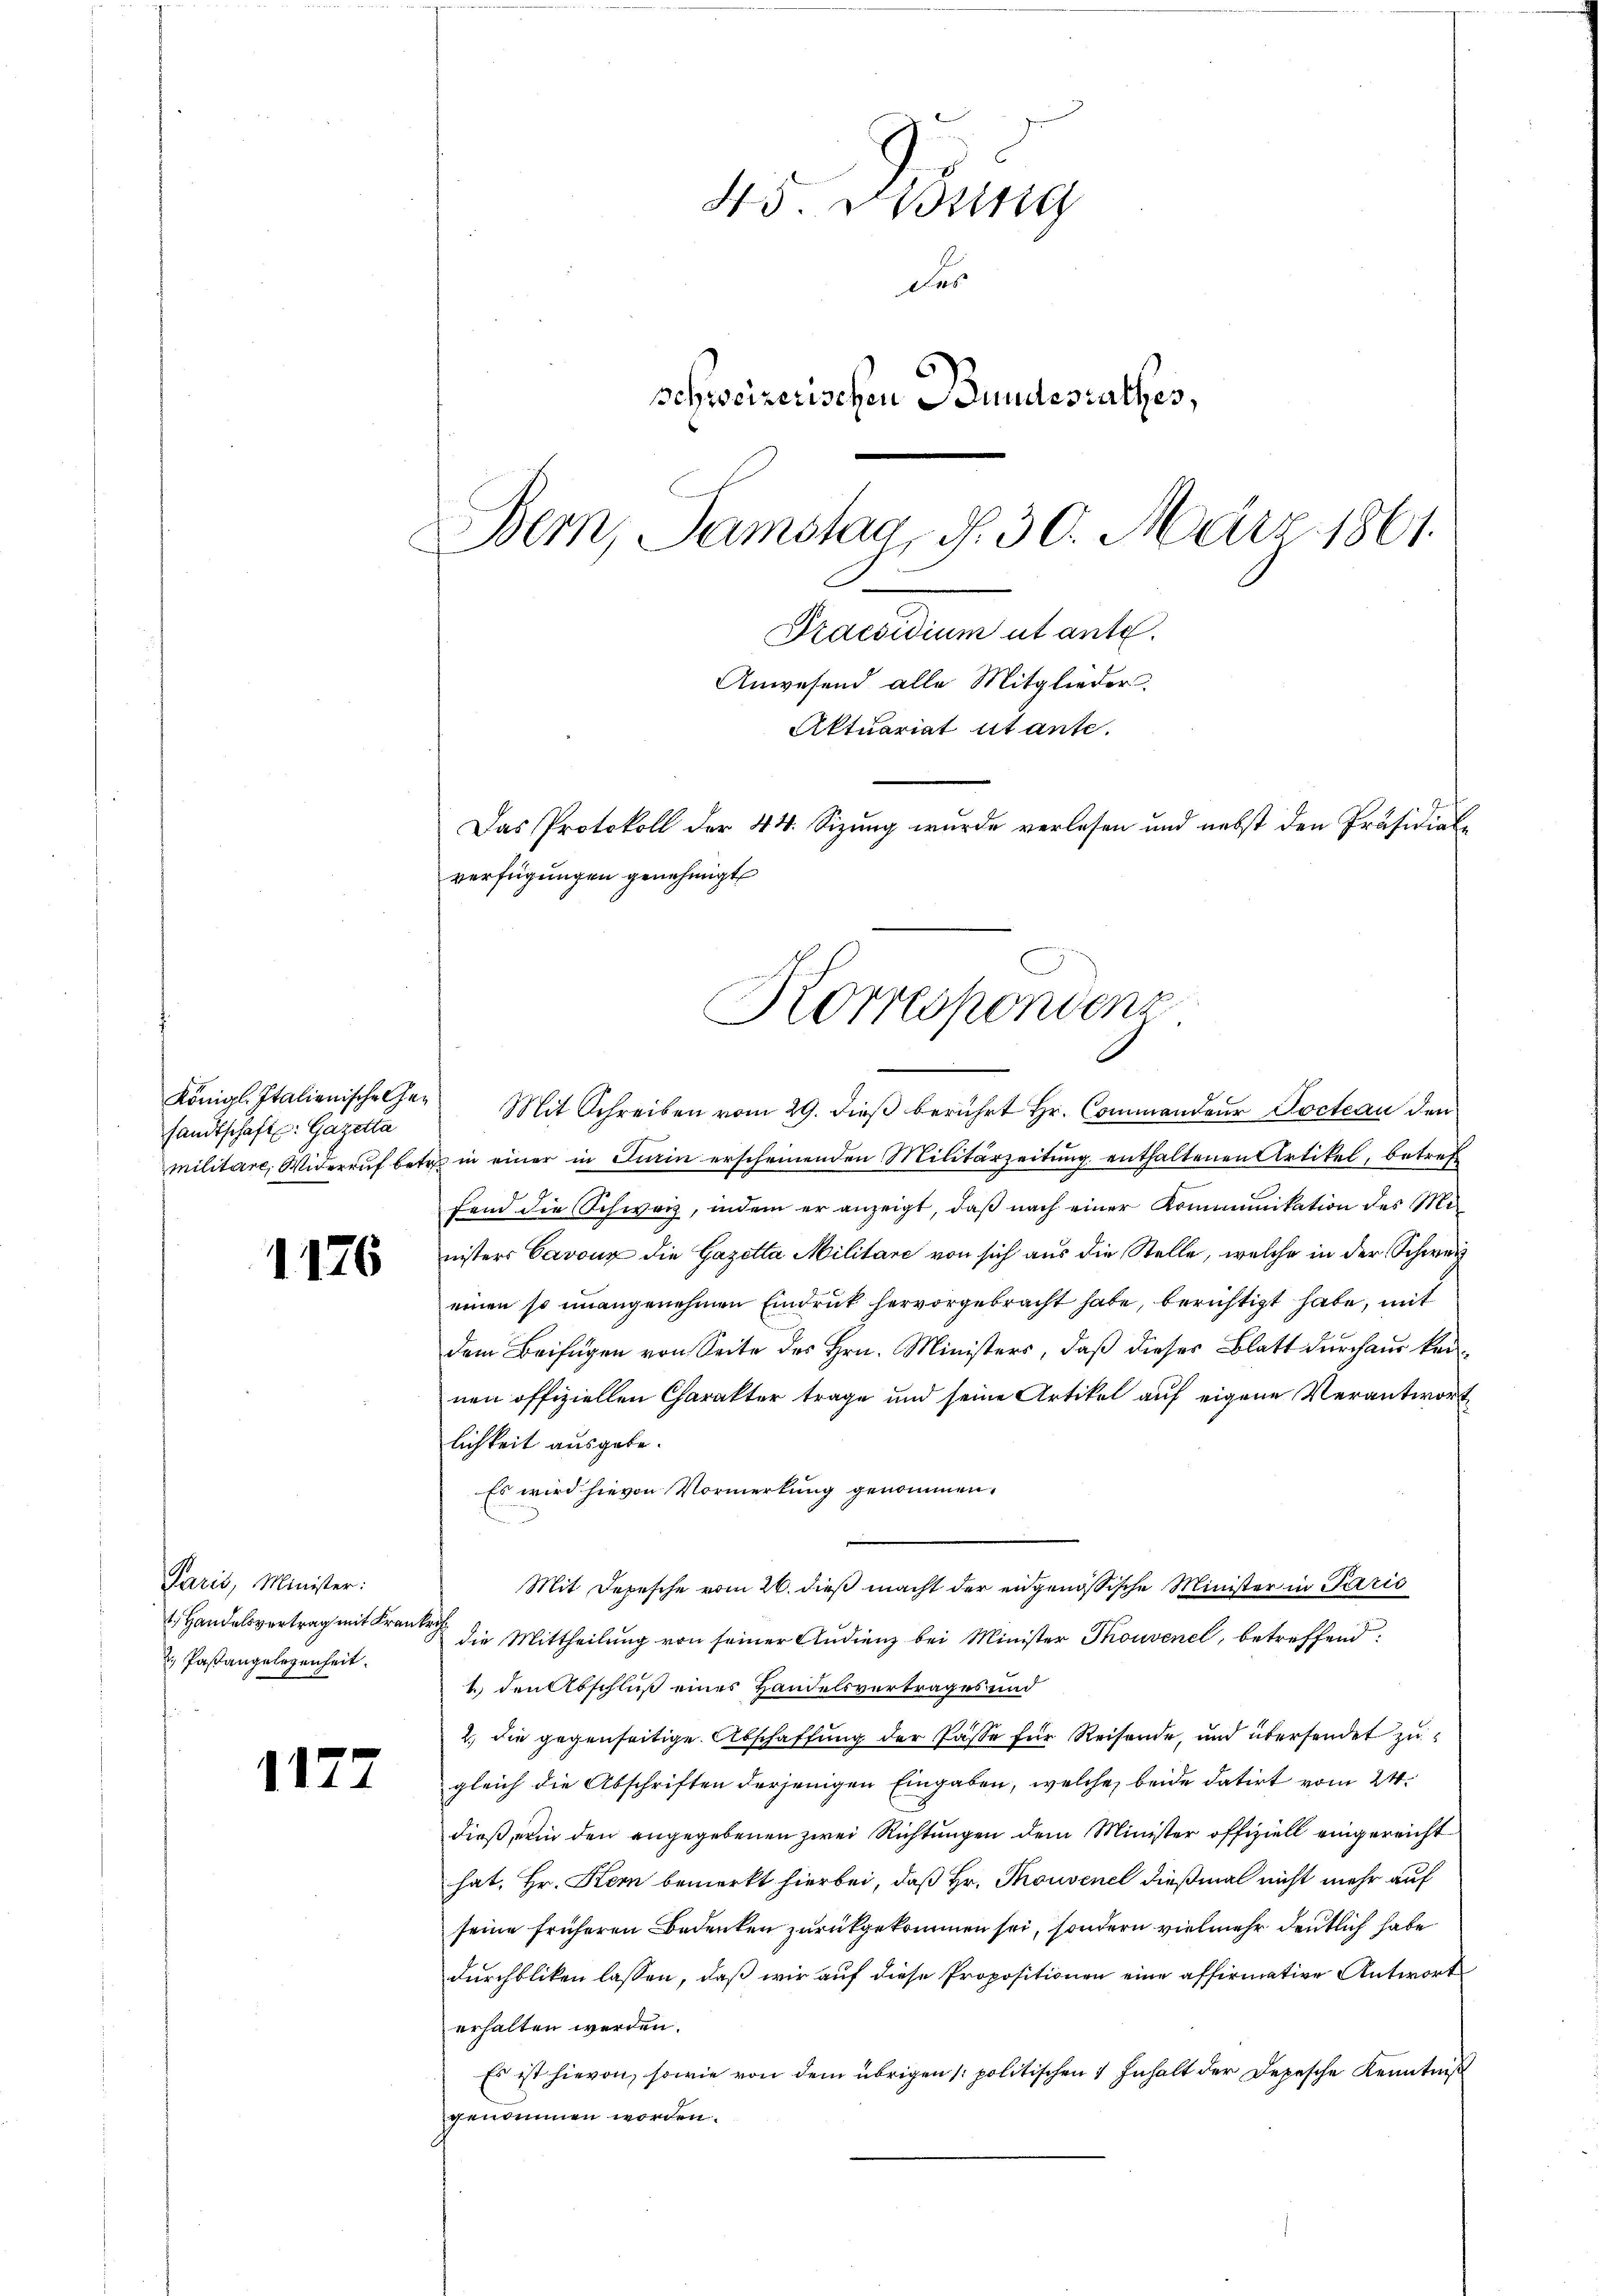
sandtschaft. Gazetta

1176

Paris, Minister:
2. Pastangelegenheit.

1177

45. " Bring
des
schweizerischen Bundesrathes,
Bern, Samstag - d. 30. März 1861.
Praesidium abante.
Anwesend alle Mitglieder
Aktuariat utante.
Das Protokoll der 44. Sizung wurde verlesen und nebst den Präsidial-
verfügungen genehmigt

Königl. Italienische Ge¬ Mit Schreiben vom 29. dieβ berührt Hr. Commandaŭr Pocteau den
militäre, Widerruf betr. in einer in Turin erscheinenden Militärzeitung enthaltenen Artikel, betreff
fend die Schweiz, indem er anzeigt, daß nach einer Kommunikation des Ministers Cavoux die Gazetta Militare von sich aus die Stelle, welche in der Schweiz
einen so unangenehmen Eindruck hervorgebracht habe, berichtigt habe, mit
dem Beifügen von Seite des Hrn. Ministers, daß dieses Blatt durchaus keinen offiziellen Charakter trage und seine Artikel auf eigene Verantwortlichkeit ausgebe.
Es wird hievon Vormerkung genommen.
Mit Depesche vom 26. dieß macht der engenössische Minister in Pazić
. Handelsvertrag mit Frau die Mittheilŭng von seiner Audienz bei Minister Thonvenel, betreffend:
1.) den Abschluß eines Handelsvertrages und
2. die gegenseitige Abschaffung der Pässe für Reisende, und übersendet zu
gleich die Abschriften derjenigen Eingaben, welche beide datirt vom 24.
dieß, erin den angegebenen zwei Richtungen dem Minister offiziell eingereicht
hat. Hr. Kern bemerkt hierbei, daß Hr. Thouvenel dießmal nicht mehr auf
seine früheren Bedenken zurückgekommen sei, sondern vielmehr deutlich habe
durchbliken lassen, daß wir auf diese Propositionen eine affirmative Antwort
erhalten werden.
Es ist hievon, sowie von dem übrigen politischen Inhalt der Depesche Kenntniß
genommen worden.

Korrespondenz